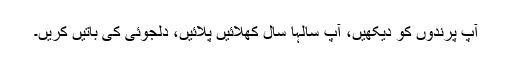
آپ پرندوں کو دیکھیں، آپ سالہا سال کھلائیں پلائیں، دلجوئی کی باتیں کریں۔